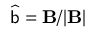
\widehat { { \sf b } } = { \bf B } / | { \bf B } |